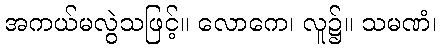
အကယ်မလွဲသဖြင့်။ လောကေ၊ လူ၌။ သမဏံ၊